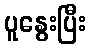
ပူနွေးပြီး